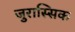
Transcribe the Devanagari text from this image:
जुरास्सिक